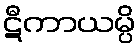
ဋီကာယမ္ပိ